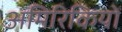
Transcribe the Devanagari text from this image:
अमिरिकियों